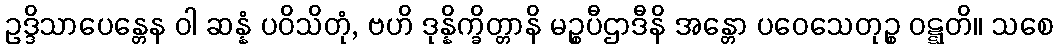
ဥဒ္ဒိသာပေန္တေန ဝါ ဆန္နံ ပဝိသိတုံ, ဗဟိ ဒုန္နိက္ခိတ္တာနိ မဉ္စပီဌာဒီနိ အန္တော ပဝေသေတုဉ္စ ဝဋ္ဋတိ။ သစေ